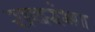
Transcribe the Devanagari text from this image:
रावरंभा